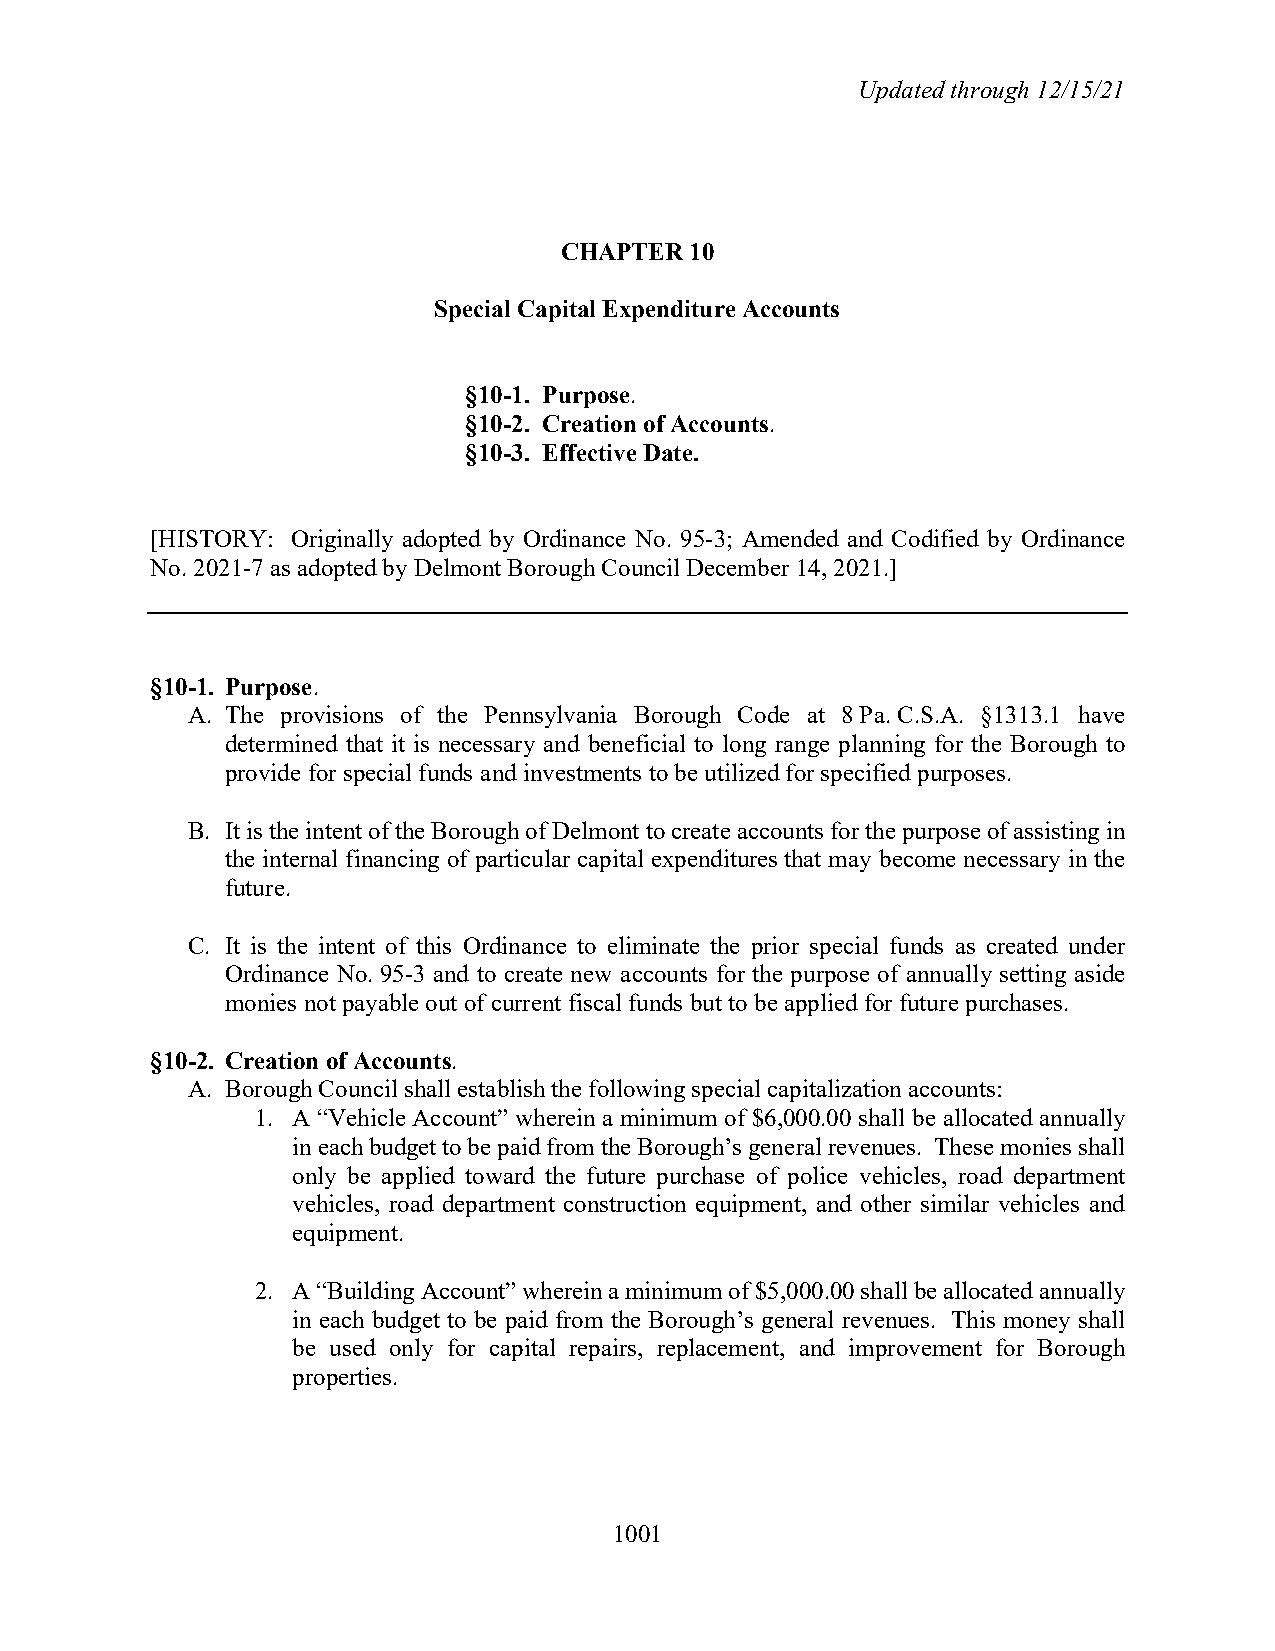
Updated through 12/15/21
 CHAPTER  10
 Special Capital Expenditure Accounts
 §10-1. Purpose.
 §10-2. Creation of Accounts.
 §10-3. Effective Date.
 [HISTORY: Originally adopted by Ordinance No. 95-3; Amended and Codified by Ordinance
 No. 2021-7 as adopted by Delmont Borough Council December 14, 2021.]
 §10-1. Purpose.
 A. The provisions of the Pennsylvania Borough Code at 8 Pa. C.S.A. §1313.1 have
 determined that it is necessary and beneficial to long range planning for the Borough to
 provide for special funds and investments to be utilized for specified purposes.
 B. It is the intent of the Borough of Delmont to create accounts for the purpose of assisting in
 the internal financing of particular capital expenditures that may become necessary in the
 future.
 C. It is the intent of this Ordinance to eliminate the prior special funds as created under
 Ordinance No. 95-3 and to create new accounts for the purpose of annually setting aside
 monies not payable out of current fiscal funds but to be applied for future purchases.
 §10-2. Creation of Accounts.
 A. Borough Council shall establish the following special capitalization accounts:
 1. A “Vehicle Account” wherein a minimum of $6,000.00 shall be allocated annually
 in each budget to be paid from the Borough’s general revenues. These monies shall
 only be applied toward the future purchase of police vehicles, road department
 vehicles, road department construction equipment, and other similar vehicles and
 equipment.
 2. A “Building Account” wherein a minimum of $5,000.00 shall be allocated annually
 in each budget to be paid from the Borough’s general revenues. This money shall
 be used only for capital repairs, replacement, and improvement for Borough
 properties.
 1001